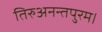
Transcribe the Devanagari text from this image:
तिरुअनन्तपुरम।